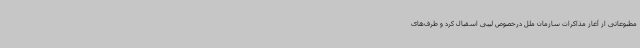
مطبوعاتی از آغاز مذاکرات سازمان ملل درخصوص لیبی اسقبال کرد و طرف‌های